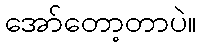
အော်တော့တာပဲ။